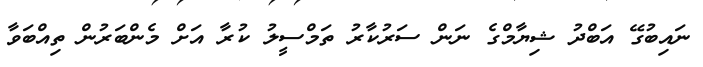
ނައިބުގޭ އަބްދު ޝިޔާމްގެ ނަން ސަރުކާރު ތަމްސީލު ކުރާ އަށް މެންބަރުން ތިއްބަވާ